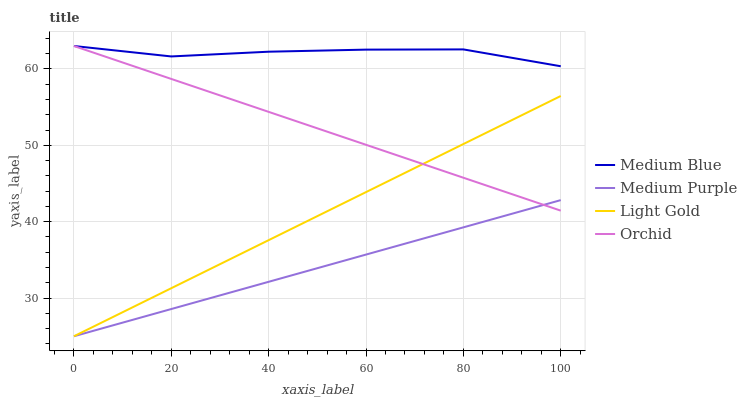
| xaxis_label | Medium Blue | Medium Purple | Light Gold | Orchid |
 | --- | --- | --- | --- | --- |
 | 0 | 63 | 25 | 25 | 63 |
 | 20 | 61.6 | 28.6 | 31.3 | 58.7 |
 | 40 | 62.3 | 32.1 | 37.6 | 54.4 |
 | 60 | 62.5 | 35.7 | 43.9 | 50.1 |
 | 80 | 62.6 | 39.3 | 50.2 | 45.8 |
 | 100 | 60.4 | 42.8 | 56.5 | 41.4 |